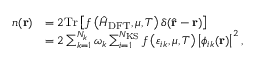
\begin{array} { r l } { n ( \mathbf { r } ) } & { = 2 \mathrm { T r } \left[ f \left( \hat { H } _ { \mathrm { D F T } } , \mu , T \right) \delta ( \hat { \mathbf { r } } - \mathbf { r } ) \right] } \\ & { = 2 \sum _ { k = 1 } ^ { N _ { k } } \omega _ { k } \sum _ { i = 1 } ^ { N _ { \mathrm { K S } } } f \left( \varepsilon _ { i k } , \mu , T \right) \left| \phi _ { i k } ( \mathbf { r } ) \right| ^ { 2 } , } \end{array}